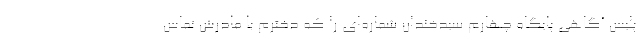
پلیس آگاهی پایگاه چهارم سیدخندان شماره‌ای را که دخترم با مادرش تماس